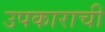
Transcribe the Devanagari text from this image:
उपकाराची